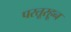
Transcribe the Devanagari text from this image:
परतूरहून